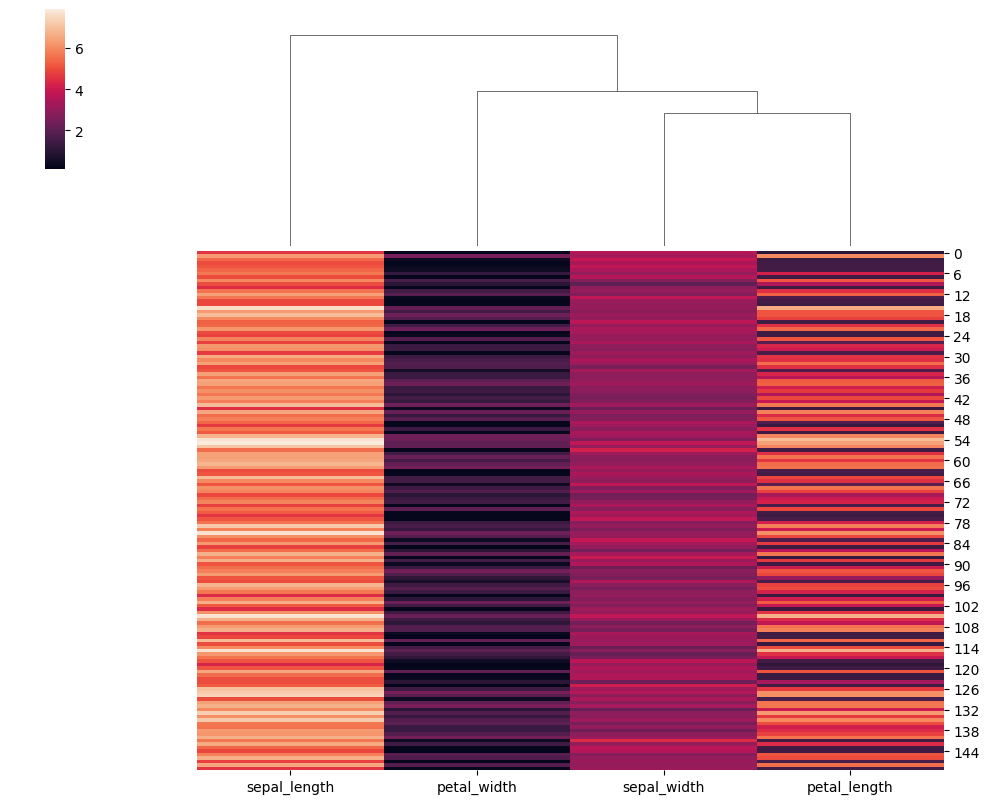
python, seaborn, clustermap, figsize=(10, 8), row_cluster=False, dendrogram_ratio=(0.2, 0.3), cbar_pos=(0.05, 0.8, 0.02, 0.2)